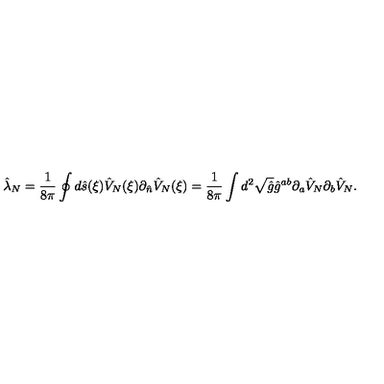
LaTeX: { \hat { \lambda } _ { N } } = { \frac { 1 } { 8 \pi } } \oint { d } \hat { s } ( \xi ) { \hat { V } _ { N } } ( \xi ) { \partial _ { \hat { n } } } { \hat { V } _ { N } } ( \xi ) = { \frac { 1 } { 8 \pi } } \int { d ^ { 2 } } \sqrt { \hat { g } } { \hat { g } ^ { a b } } { \partial _ { a } } { \hat { V } _ { N } } { \partial _ { b } } { \hat { V } _ { N } } .